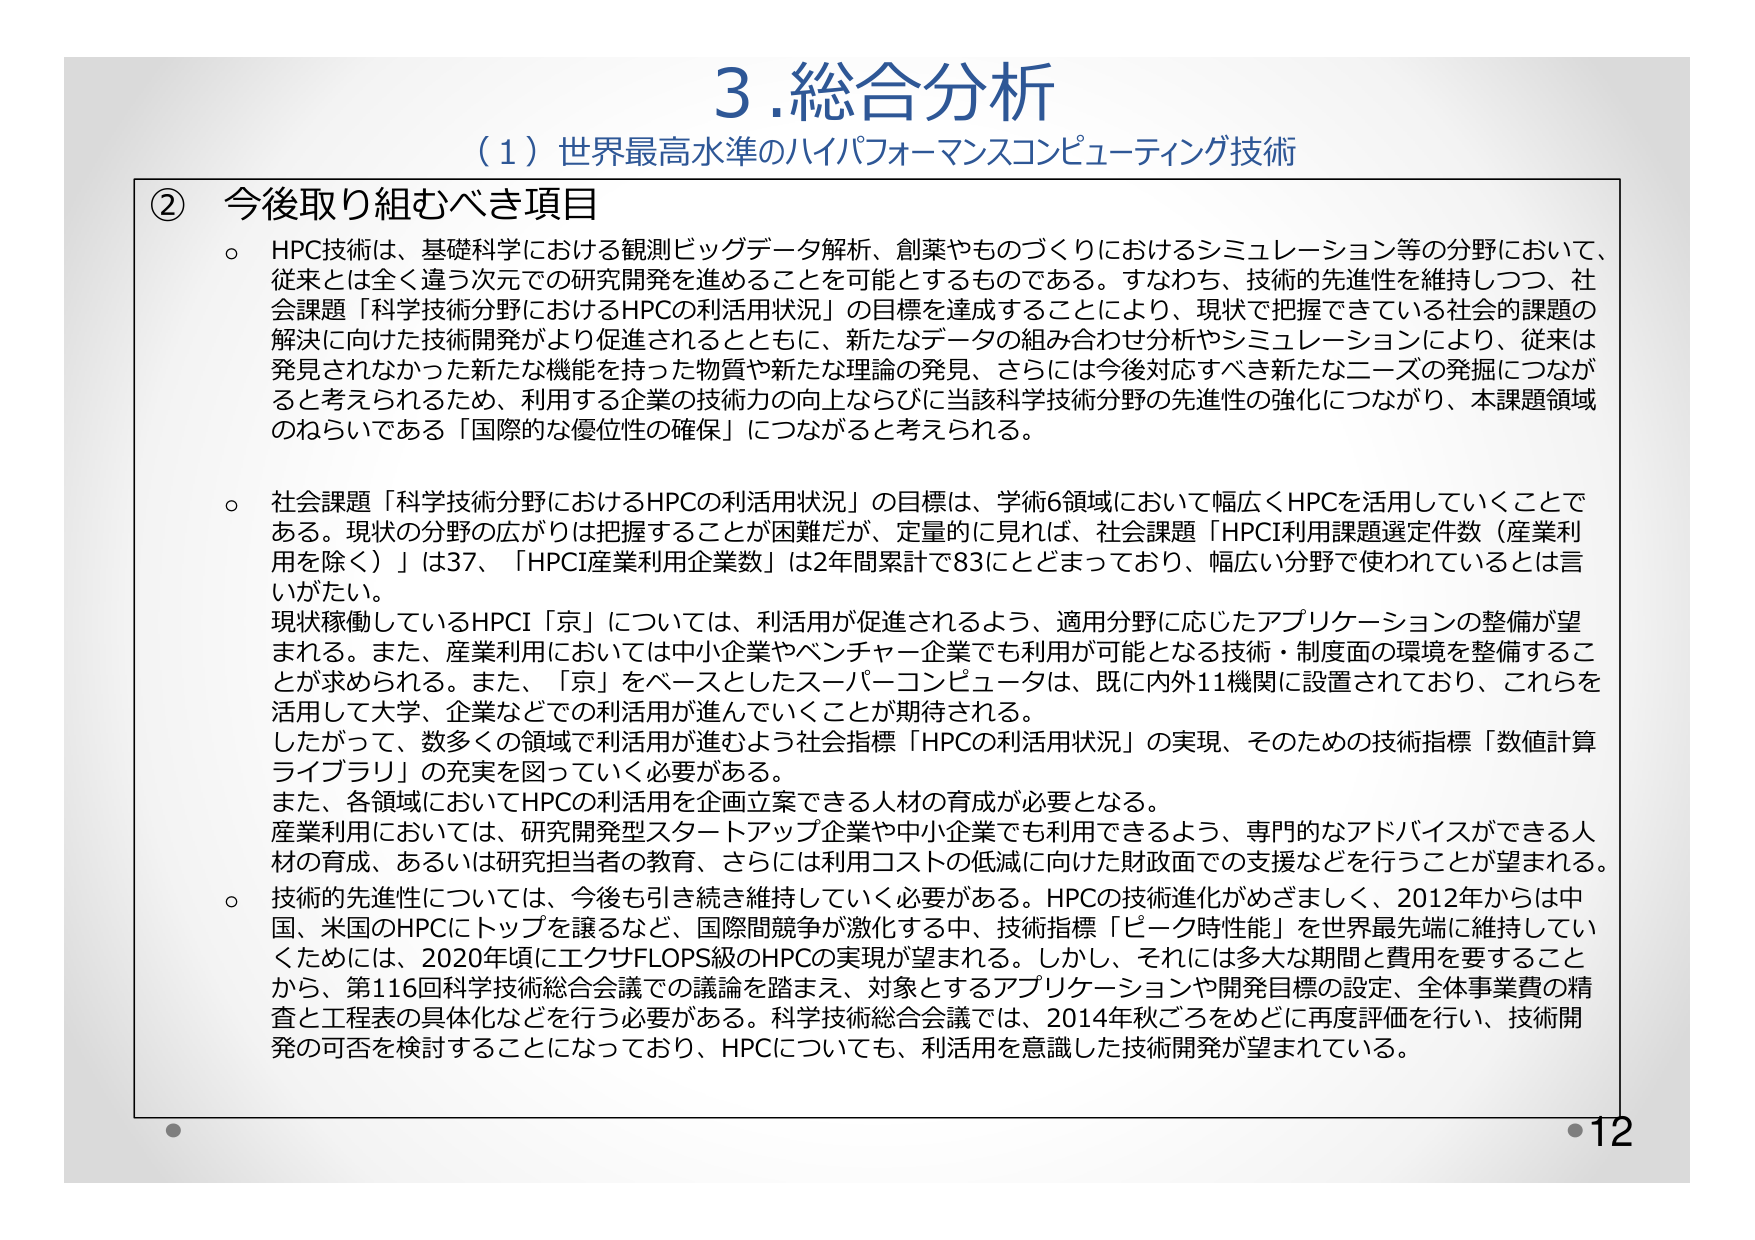
3. 総合分析
（1）世界最高水準のハイパフォーマンスコンピューティング技術

② 今後取り組むべき項目

○ HPC技術は、基礎科学における観測ビッグデータ解析、創薬やものづくりにおけるシミュレーション等の分野において、従来とは全く違う次元での研究開発を進めることを可能とするものである。すなわち、技術的先進性を維持しつつ、社会課題「科学技術分野におけるHPCの利活用状況」の目標を達成することにより、現状で把握できている社会的課題の解決に向けた技術開発がより促進されるとともに、新たなデータの組み合わせ分析やシミュレーションにより、従来は発見されなかった新たな機能を持った物質や新たな理論の発見、さらには今後対応すべき新たなニーズの発掘につながると考えられるため、利用する企業の技術力の向上ならびに当該科学技術分野の先進性の強化につながり、本課題領域のねらいである「国際的な優位性の確保」につながると考えられる。

○ 社会課題「科学技術分野におけるHPCの利活用状況」の目標は、学術6領域において幅広くHPCを活用していくことである。現状の分野の広がりは把握することが困難だが、定量的に見れば、社会課題「HPCI利用課題選定件数（産業利用を除く）」は37、「HPCI産業利用企業数」は2年間累計で83にとどまっており、幅広い分野で使われているとは言いがたい。
現状稼働しているHPCI「京」については、利活用が促進されるよう、適用分野に応じたアプリケーションの整備が望まれる。また、産業利用においては中小企業やベンチャー企業でも利用が可能となる技術・制度面の環境を整備することが求められる。また、「京」をベースとしたスーパーコンピュータは、既に内外11機関に設置されており、これらを活用して大学、企業などでの利活用が進んでいくことが期待される。
したがって、数多くの領域で利活用が進むよう社会指標「HPCの利活用状況」の実現、そのための技術指標「数値計算ライブラリ」の充実を図っていく必要がある。
また、各領域においてHPCの利活用を企画立案できる人材の育成が必要となる。
産業利用においては、研究開発型スタートアップ企業や中小企業でも利用できるよう、専門的なアドバイスができる人材の育成、あるいは研究担当者の教育、さらには利用コストの低減に向けた財政面での支援などを行うことが望まれる。

○ 技術的先進性については、今後も引き続き維持していく必要がある。HPCの技術進化がめざましく、2012年からは中国、米国のHPCにトップを譲るなど、国際間競争が激化する中、技術指標「ピーク時性能」を世界最先端に維持していくためには、2020年頃にエクサFLOPS級のHPCの実現が望まれる。しかし、それには多大な期間と費用を要することから、第116回科学技術総合会議での議論を踏まえ、対象とするアプリケーションや開発目標の設定、全体事業費の精査と工程表の具体化などを行う必要がある。科学技術総合会議では、2014年秋ごろをめどに再度評価を行い、技術開発の可否を検討することになっており、HPCについても、利活用を意識した技術開発が望まれている。

・12